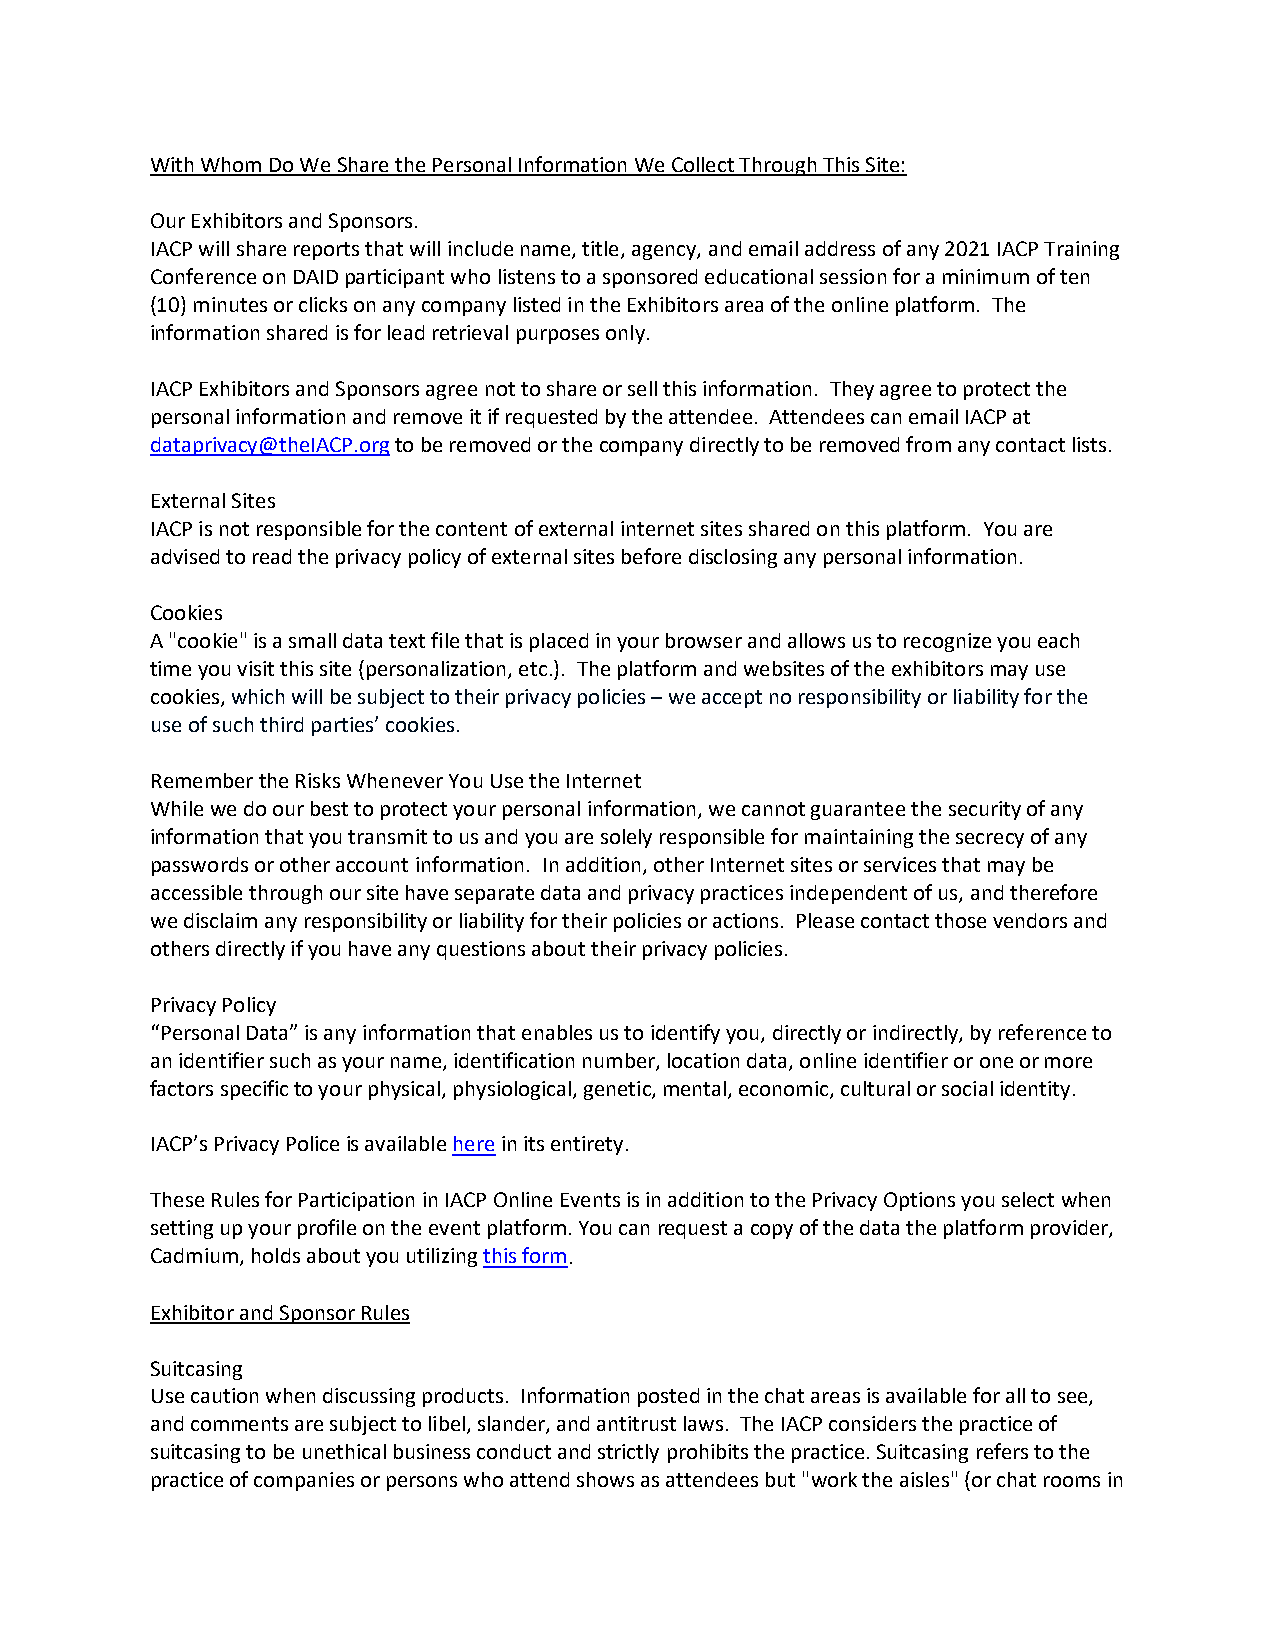
With Whom Do We Share the Personal Information We Collect Through This Site:
 Our Exhibitors and Sponsors.
 IACP will share reports that will include name, title, agency, and email address of any 2021 IACP Training
 Conference on DAID participant who listens to a sponsored educational session for a minimum of ten
 (10) minutes or clicks on any company listed in the Exhibitors area of the online platform. The
 information shared is for lead retrieval purposes only.
 IACP Exhibitors and Sponsors agree not to share or sell this information. They agree to protect the
 personal information and remove it if requested by the attendee. Attendees can email IACP at
 dataprivacy@theIACP.org to be removed or the company directly to be removed from any contact lists.
 External Sites
 IACP is not responsible for the content of external internet sites shared on this platform. You are
 advised to read the privacy policy of external sites before disclosing any personal information.
 Cookies
 A "cookie" is a small data text file that is placed in your browser and allows us to recognize you each
 time you visit this site (personalization, etc.). The platform and websites of the exhibitors may use
 cookies, which will be subject to their privacy policies – we accept no responsibility or liability for the
 use of such third parties’ cookies.
 Remember the Risks Whenever You Use the Internet
 While we do our best to protect your personal information, we cannot guarantee the security of any
 information that you transmit to us and you are solely responsible for maintaining the secrecy of any
 passwords or other account information. In addition, other Internet sites or services that may be
 accessible through our site have separate data and privacy practices independent of us, and therefore
 we disclaim any responsibility or liability for their policies or actions. Please contact those vendors and
 others directly if you have any questions about their privacy policies.
 Privacy Policy
 “Personal Data” is any information that enables us to identify you, directly or indirectly, by reference to
 an identifier such as your name, identification number, location data, online identifier or one or more
 factors specific to your physical, physiological, genetic, mental, economic, cultural or social identity.
 IACP’s Privacy Police is available here in its entirety.
 These Rules for Participation in IACP Online Events is in addition to the Privacy Options you select when
 setting up your profile on the event platform. You can request a copy of the data the platform provider,
 Cadmium, holds about you utilizing this form.
 Exhibitor and Sponsor Rules
 Suitcasing
 Use caution when discussing products. Information posted in the chat areas is available for all to see,
 and comments are subject to libel, slander, and antitrust laws. The IACP considers the practice of
 suitcasing to be unethical business conduct and strictly prohibits the practice. Suitcasing refers to the
 practice of companies or persons who attend shows as attendees but "work the aisles" (or chat rooms in